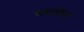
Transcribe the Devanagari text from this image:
चमरौधा